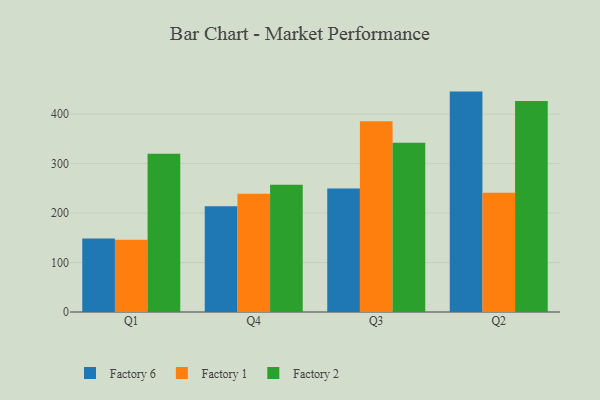
{"axis": {"x": "Quarter", "y": "Population (Million)"}, "legend": ["Factory 1", "Factory 2", "Factory 6"], "data": [{"x": "Q1", "y": 148.3, "type": "Factory 6"}, {"x": "Q1", "y": 146.0, "type": "Factory 1"}, {"x": "Q1", "y": 319.9, "type": "Factory 2"}, {"x": "Q4", "y": 213.7, "type": "Factory 6"}, {"x": "Q4", "y": 239.1, "type": "Factory 1"}, {"x": "Q4", "y": 257.4, "type": "Factory 2"}, {"x": "Q3", "y": 249.4, "type": "Factory 6"}, {"x": "Q3", "y": 385.4, "type": "Factory 1"}, {"x": "Q3", "y": 342.0, "type": "Factory 2"}, {"x": "Q2", "y": 445.4, "type": "Factory 6"}, {"x": "Q2", "y": 240.9, "type": "Factory 1"}, {"x": "Q2", "y": 426.3, "type": "Factory 2"}]}